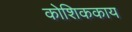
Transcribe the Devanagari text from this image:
कोशिककाय